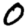
Digit: 0